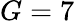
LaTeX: G=7